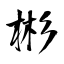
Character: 彬